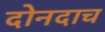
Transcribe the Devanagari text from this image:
दोनदाच